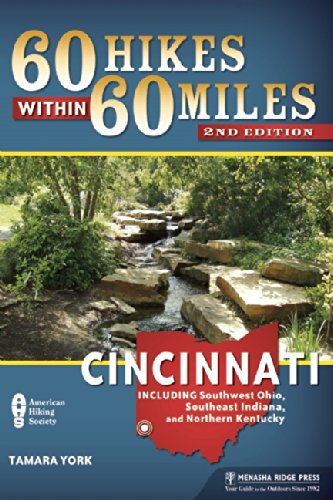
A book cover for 60 Hikes Within 60 Miles: Cincinnati: Including Clifton Gorge, Southeast Indiana, and Northern Kentucky; Tammy York; Health, Fitness & Dieting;